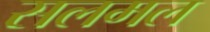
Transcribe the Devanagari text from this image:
सलमल